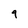
Character: 9